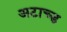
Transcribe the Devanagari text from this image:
अटाच्ड